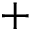
+